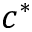
c ^ { * }